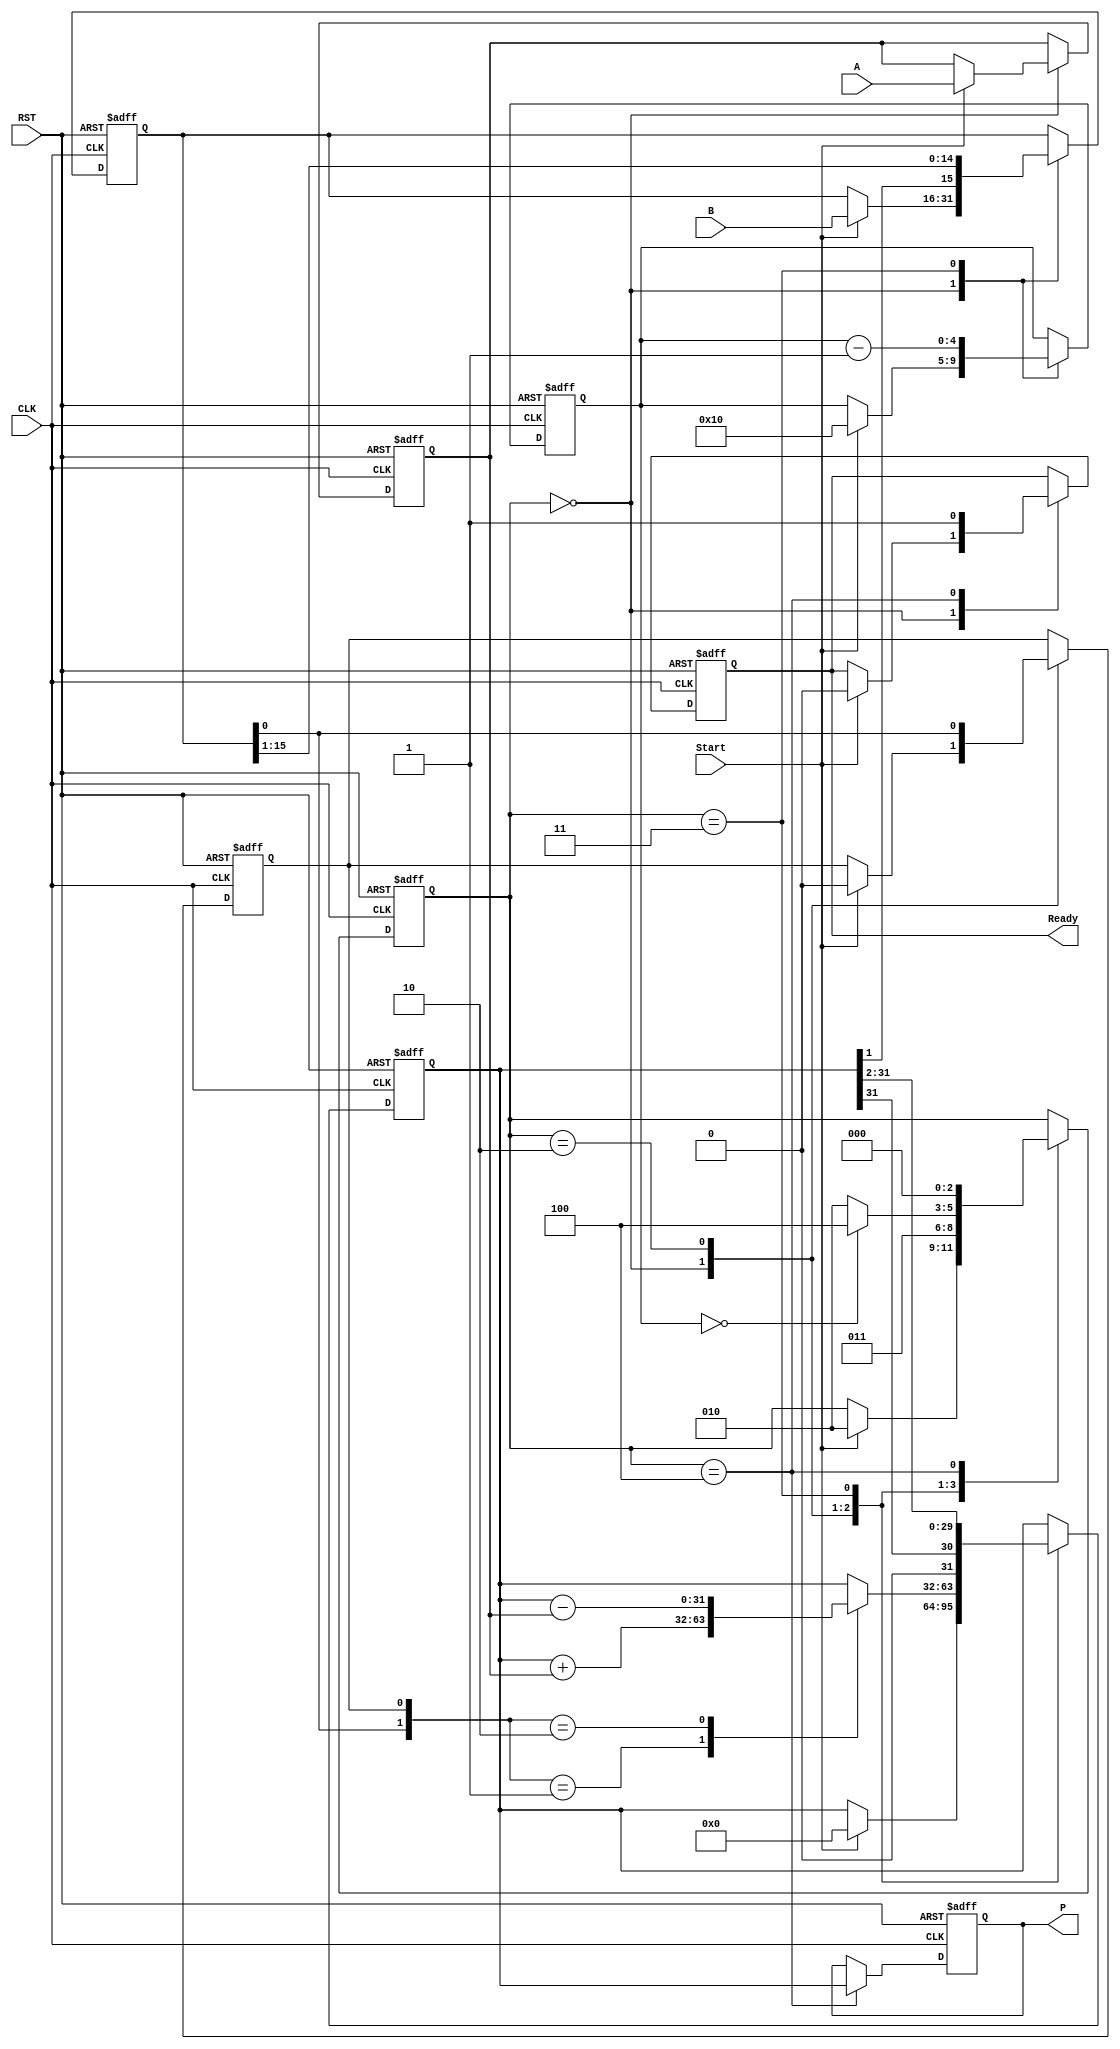
module booth_multiplier (
    input wire [15:0] A,        // Multiplicand
    input wire [15:0] B,        // Multiplier
    input wire Start,           // Control signal to start multiplication
    input wire CLK,             // Clock signal
    input wire RST,             // Reset signal
    output reg [31:0] P,        // Product
    output reg Ready            // Indicates multiplication completion
);

    // Internal registers
    reg [15:0] A_reg;           // Holds the multiplicand
    reg [15:0] B_reg;           // Holds the multiplier
    reg [15:0] Q_reg;           // Current value of the multiplier
    reg Q_minus_1;              // Previous LSB of Q_reg
    reg [31:0] Product_reg;     // Accumulator for the product
    reg [4:0] count;            // Counter for bit processing
    reg [2:0] state;            // State for FSM

    // State encoding
    localparam IDLE       = 3'b000,
               LOAD       = 3'b001,
               COMPUTE    = 3'b010,
               SHIFT      = 3'b011,
               DONE       = 3'b100;

    // Control logic
    always @(posedge CLK or posedge RST) begin
        if (RST) begin
            // Reset all registers and outputs
            A_reg <= 0;
            B_reg <= 0;
            Q_reg <= 0;
            Q_minus_1 <= 0;
            Product_reg <= 0;
            count <= 0;
            state <= IDLE;
            Ready <= 0;
            P <= 0;
        end else begin
            case (state)
                IDLE: begin
                    if (Start) begin
                        // Load inputs into registers
                        A_reg <= A;
                        B_reg <= B;
                        Q_reg <= B;
                        Q_minus_1 <= 0;
                        Product_reg <= 0;
                        count <= 16; // Assuming 16-bit multiplication
                        state <= COMPUTE;
                        Ready <= 0;
                    end
                end

                COMPUTE: begin
                    case ({Q_reg[0], Q_minus_1})
                        2'b01: Product_reg <= Product_reg + {16'b0, A_reg}; // Add
                        2'b10: Product_reg <= Product_reg - {16'b0, A_reg}; // Subtract
                        default: ; // No operation
                    endcase

                    // Prepare for shifting
                    Q_minus_1 <= Q_reg[0];
                    state <= SHIFT;
                end

                SHIFT: begin
                    // Right shift Product_reg and Q_reg
                    {Product_reg, Q_reg} <= {Product_reg[31], Product_reg[31:1], Q_reg[15:1]};
                    count <= count - 1;

                    if (count == 0) begin
                        state <= DONE; // Move to done state after all bits processed
                    end else begin
                        state <= COMPUTE; // Go back to computation
                    end
                end

                DONE: begin
                    P <= Product_reg; // Store final product
                    Ready <= 1;      // Indicate completion
                    state <= IDLE;   // Go back to idle state
                end
            endcase
        end
    end
endmodule